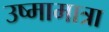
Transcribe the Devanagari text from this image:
उष्मामात्रा